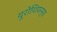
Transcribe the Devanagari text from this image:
युरोशियन्स